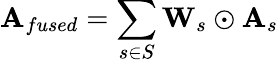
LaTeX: {\mathbf{A}_{fused}}=\sum_{s\in S}\mathbf{W}_{s}\odot{\mathbf{A}}_{s}